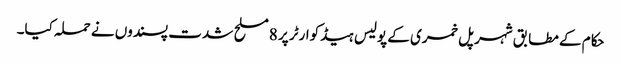
حکام کے مطابق شہر پل خمری کے پولیس ہیڈکوارٹر پر 8 مسلح شدت پسندوں نے حملہ کیا۔